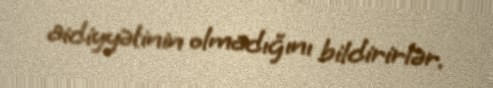
aidiyyətinin olmadığını bildirirlər.